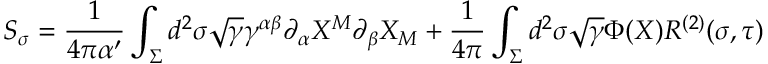
{ \cal S } _ { \sigma } = \frac { 1 } { 4 \pi \alpha ^ { \prime } } \int _ { \Sigma } d ^ { 2 } \sigma \sqrt { \gamma } \gamma ^ { \alpha \beta } \partial _ { \alpha } X ^ { M } \partial _ { \beta } X _ { M } + \frac { 1 } { 4 \pi } \int _ { \Sigma } d ^ { 2 } \sigma \sqrt { \gamma } \Phi ( X ) R ^ { ( 2 ) } ( \sigma , \tau )